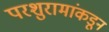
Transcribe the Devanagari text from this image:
परशुरामांकडून